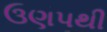
ઉણપથી